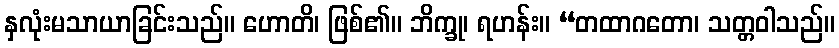
နှလုံးမသာယာခြင်းသည်။ ဟောတိ၊ ဖြစ်၏။ ဘိက္ခု၊ ရဟန်း။ “တထာဂတော၊ သတ္တဝါသည်။